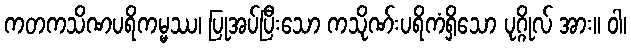
ကတကသိဏပရိကမ္မဿ၊ ပြုအပ်ပြီးသော ကသိုဏ်းပရိကံရှိသော ပုဂ္ဂိုလ် အား။ ဝါ၊